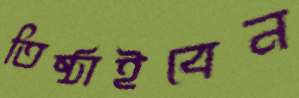
তিষ্ঠাইবেন